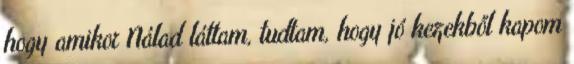
hogy amikor Nálad láttam, tudtam, hogy jó kezekből kapom